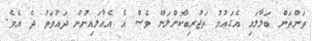
ތަންތަން ބަލާލައި އެގައުމު ތަޖުރިބާކޮށްލަން ވެސް އެ އެއާލައިނުން ދައުވަތު ދެ އެވެ.